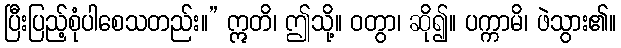
ပြီးပြည့်စုံပါစေသတည်း။” ဣတိ၊ ဤသို့။ ဝတွာ၊ ဆို၍။ ပက္ကာမိ၊ ဖဲသွား၏။